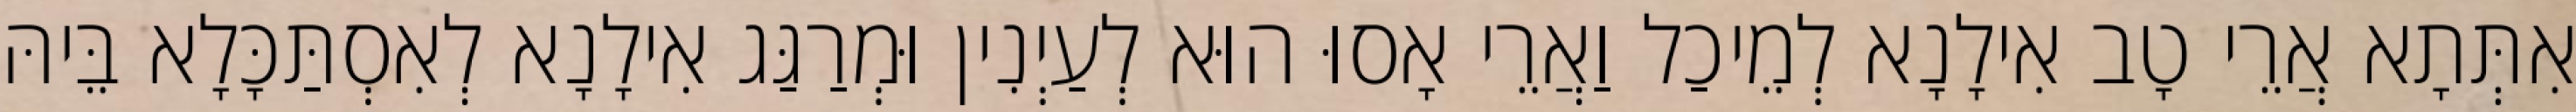
אִתְּתָא אֲרֵי טָב אִילָנָא לְמֵיכַל וַאֲרֵי אָסוּ הוּא לְעַיְנִין וּמְרַגַּג אִילָנָא לְאִסְתַּכָּלָא בֵּיהּ